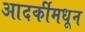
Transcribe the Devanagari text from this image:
आदर्कीमधून